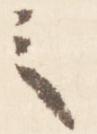
之